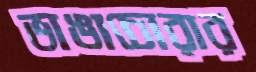
ভাঙাচোরার